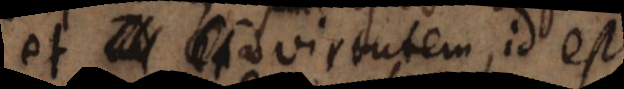
et ad virtutem, id est